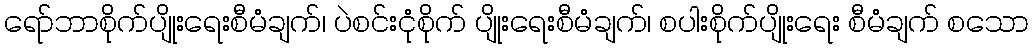
ရော်ဘာစိုက်ပျိုးရေးစီမံချက်၊ ပဲစင်းငုံစိုက် ပျိုးရေးစီမံချက်၊ စပါးစိုက်ပျိုးရေး စီမံချက် စသော